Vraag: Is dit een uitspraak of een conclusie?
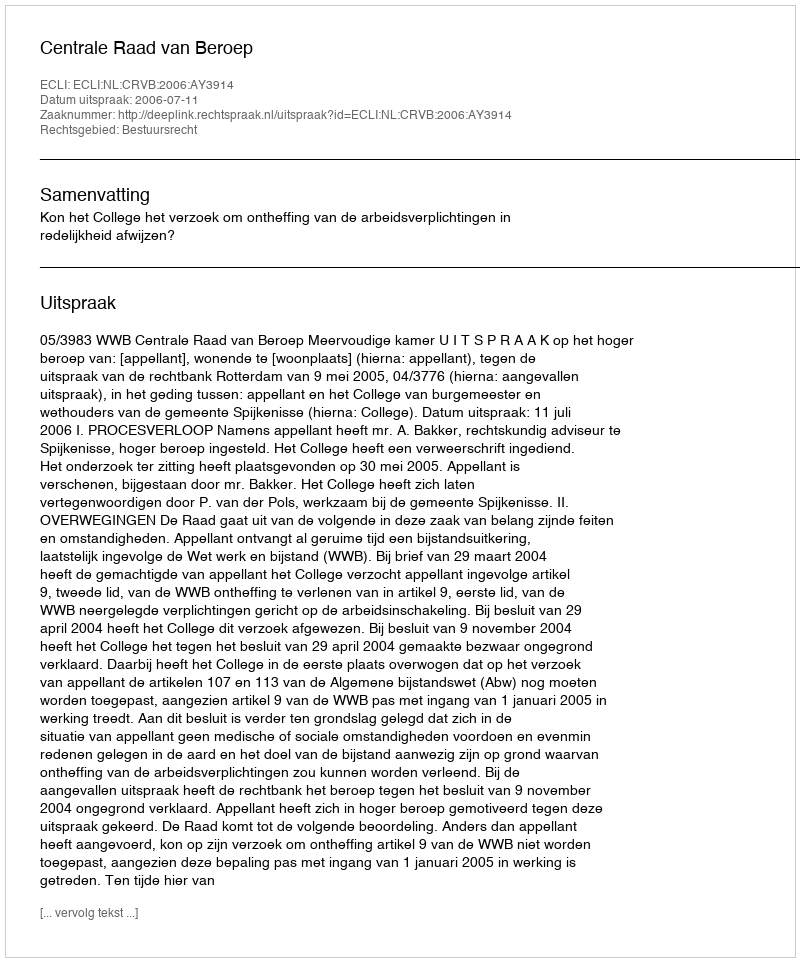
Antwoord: Uitspraak